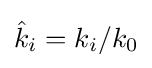
{\hat {k}}_{i}=k_{i}/k_{0}